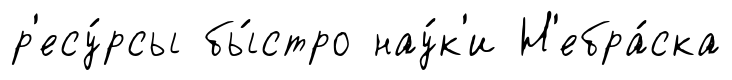
р'есу́рсы бы́стро нау́к'и Н'ебра́ска